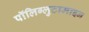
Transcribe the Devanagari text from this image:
पॉलिग्लुटामाइन